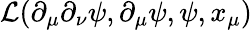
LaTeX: \mathcal{L}(\partial_{\mu}\partial_{\nu}\psi,\partial_{\mu}\psi,\psi,x_{\mu})